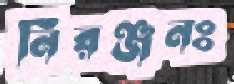
নিরঞ্জনঃ